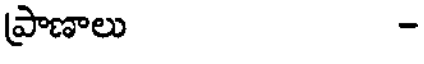
ప్రాణాలు -